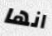
انها